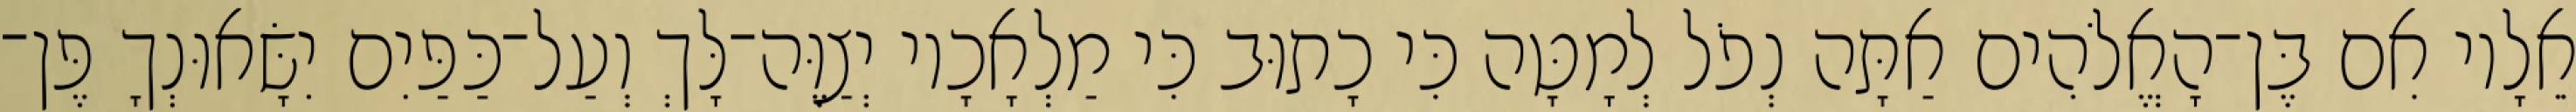
אֵלָיו אִם בֶּן־הָאֱלֹהִים אַתָּה נְפֹל לְמָטָּה כִּי כָתוּב כִּי מַלְאָכָיו יְצַוֶּה־לָּךְ וְעַל־כַּפַּיִם יִשָּׂאוּנְךָ פֶּן־